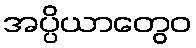
အပ္ပိယာတွေဝ